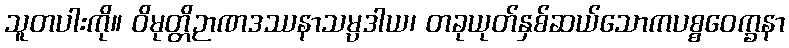
သူတပါးကို။ ဝိမုတ္တိဉာဏဒဿနာသမ္ပဒါယ၊ တခုယုတ်နှစ်ဆယ်သောကပစ္စဝေက္ခနာ